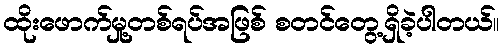
ထိုးဖောက်မှု့တစ်ရပ်အဖြစ် စတင်တွေ့ရှိခဲ့ပါတယ်။